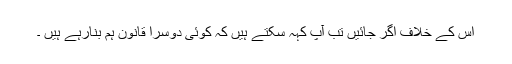
اس کے خلاف اگر جائیں تب آپ کہہ سکتے ہیں کہ کوئی دوسرا قانون ہم بنارہے ہیں ۔